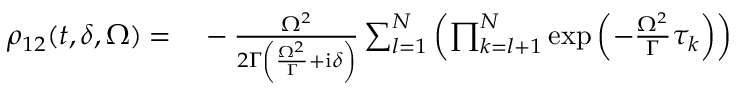
\begin{array} { r l } { \rho _ { 1 2 } ( t , \delta , \Omega ) = } & { { } - \frac { \Omega ^ { 2 } } { 2 \Gamma \left( \frac { \Omega ^ { 2 } } { \Gamma } + \mathrm { i } \delta \right) } \sum _ { l = 1 } ^ { N } \left( \prod _ { k = l + 1 } ^ { N } \exp \left( - \frac { \Omega ^ { 2 } } { \Gamma } \tau _ { k } \right) \right) } \end{array}